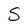
Character: S